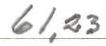
61,23